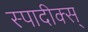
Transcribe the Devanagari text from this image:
स्पादीक्स्